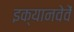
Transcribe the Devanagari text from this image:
इक्यानवेवें